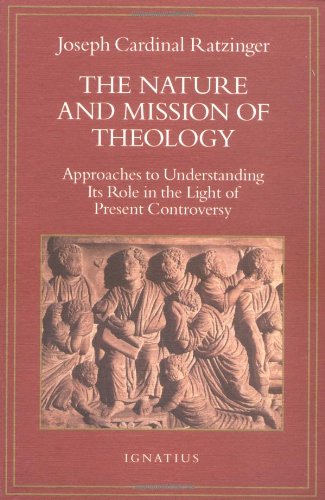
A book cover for The Nature and Mission of Theology: Essays to Orient Theology in Today's Debates; Joseph Cardinal Ratzinger; Christian Books & Bibles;